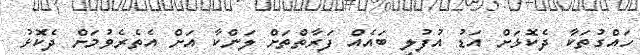
ހައްގުތަކާ ދެކޮޅަށް އަޑު އުފުލި ބައެއް ފަރާތްތަަށް ލަންކާ އަށް އެތެރެވުމަށް ދެކޮޅު